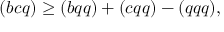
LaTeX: ( b c q ) \ge ( b q q ) + ( c q q ) - ( q q q ) ,